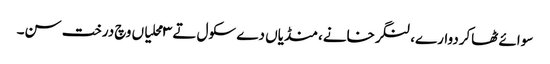
سوائے ٹھاکردوارے، لنگرخانے، منڈیاں دے سکول تے ٣ محلیاں وچ درخت سن۔